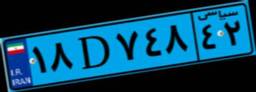
۶۵D۳۲۸۸۳